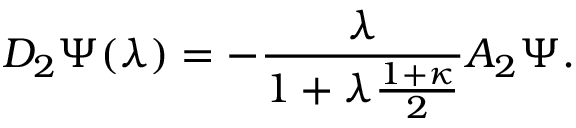
D _ { 2 } \Psi ( \lambda ) = - \frac { \lambda } { 1 + \lambda \frac { 1 + \kappa } { 2 } } A _ { 2 } \Psi .